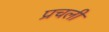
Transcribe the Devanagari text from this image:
प्रचली